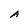
Character: A